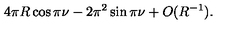
4 \pi R \cos \pi \nu - 2 \pi ^ { 2 } \sin \pi \nu + O ( R ^ { - 1 } ) .